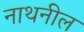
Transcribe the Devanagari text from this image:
नाथनील